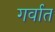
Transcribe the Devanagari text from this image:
गर्वात